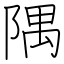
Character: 隅